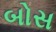
બોસ